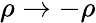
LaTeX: \rho\to-\rho